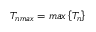
T _ { n m a x } = m a x \left\{ T _ { n } \right\}